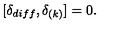
[ \delta _ { d i f f } , \delta _ { ( k ) } ] = 0 .